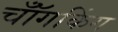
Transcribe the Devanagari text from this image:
चॉँगकिंग